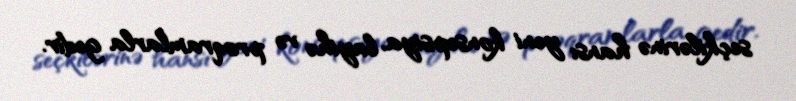
seçkilərinə hansı yeni konsepsiya, layihə və proqramlarla gedir.